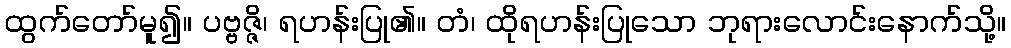
ထွက်တော်မူ၍။ ပဗ္ဗဇ္ဇိ၊ ရဟန်းပြု၏။ တံ၊ ထိုရဟန်းပြုသော ဘုရားလောင်းနောက်သို့။